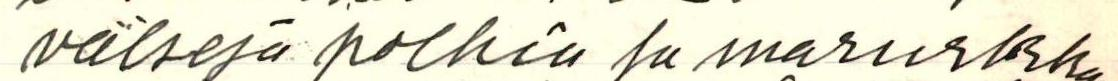
välseja polkia ja marurkka